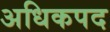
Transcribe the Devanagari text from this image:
अधिकपद